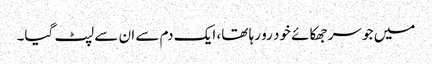
میں جو سر جھکائے خود رو رہا تھا، ایک دم سے ان سے لپٹ گیا۔